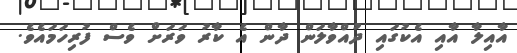
އާއިލާ އާއި އެކުގައި ދުއްވާލަން ދާން އެ ކާރު ވަރަށް ވެސް ފުރިހަމައެވެ.